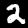
Digit: 2